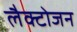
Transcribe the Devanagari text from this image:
लैक्टोजन